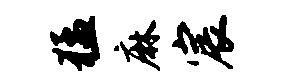
猛麻宸